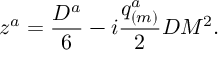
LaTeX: z ^ { a } = { \frac { D ^ { a } } { 6 } } - i { \frac { q _ { ( m ) } ^ { a } } { 2 } } D M ^ { 2 } .